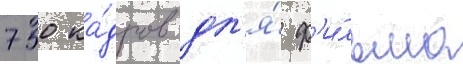
750 ка́дров дл'я́ ф'и́льма